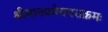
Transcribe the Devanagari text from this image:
श्रीमानप्रमेयपराक्रमः